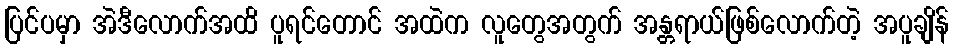
ပြင်ပမှာ အဲဒီလောက်အထိ ပူရင်တောင် အထဲက လူတွေအတွက် အန္တရာယ်ဖြစ်လောက်တဲ့ အပူချိန်